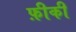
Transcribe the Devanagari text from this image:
फ़ीकी